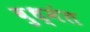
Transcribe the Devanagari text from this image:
बुध्मंत